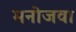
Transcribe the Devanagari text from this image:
मनोजवा